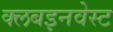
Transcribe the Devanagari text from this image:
क्लबइनवेस्ट